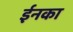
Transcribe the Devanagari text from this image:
ईनका